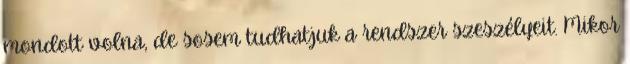
mondott volna, de sosem tudhatjuk a rendszer szeszélyeit. Mikor